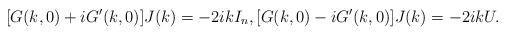
LaTeX: \begin{align*}[G(k,0)+iG'(k,0)]J(k)=-2ikI_n,[G(k,0)-iG'(k,0)]J(k)=-2ikU.\end{align*}